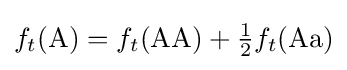
f_{t}({\text{A}})=f_{t}({\text{AA}})+{\tfrac {1}{2}}f_{t}({\text{Aa}})